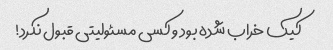
کیک خراب شده بود و کسی مسئولیتی قبول نکرد!